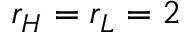
r _ { H } = r _ { L } = 2